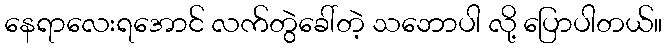
နေရာလေးရအောင် လက်တွဲခေါ်တဲ့ သဘောပါ လို့ ပြောပါတယ်။